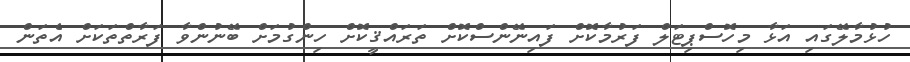
ހުޅުމާލޭގައި އަޅާ މިހޮސްޕިޓަލް ފަރުމާކޮށް ފައިނޭންސްކޮށް ތަރައްޤީކޮށް ހިންގުމަށް ބޭނުންވާ ފަރާތްތަކަށް އެތަން